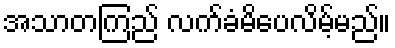
အသာတကြည် လက်ခံမိပေလိမ့်မည်။